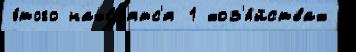
э́того нахо́д'ятс'я 1 хоз'я́йствах